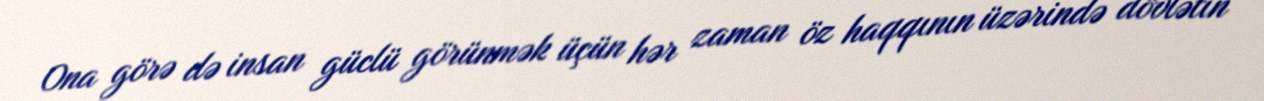
Ona görə də insan güclü görünmək üçün hər zaman öz haqqının üzərində dövlətin